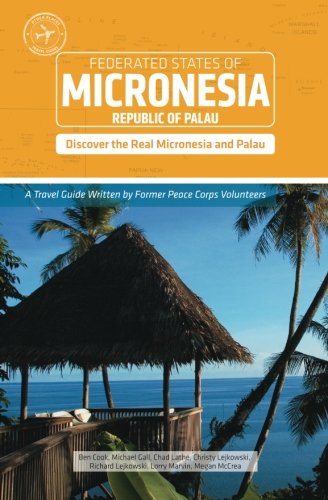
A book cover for Micronesia and Palau (Other Places Travel Guide); Ben Cook; Travel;